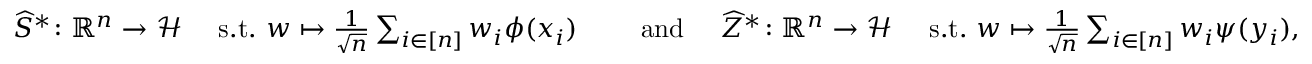
\begin{array} { r l r } { \widehat { S } ^ { * } \colon \mathbb R ^ { n } \to \mathcal { H } \quad \mathrm { ~ s . t . ~ } w \mapsto \frac { 1 } { \sqrt { n } } \sum _ { i \in [ n ] } w _ { i } \phi ( x _ { i } ) } & { \quad \mathrm { ~ a n d ~ } } & { \widehat { Z } ^ { * } \colon \mathbb R ^ { n } \to \mathcal { H } \quad \mathrm { ~ s . t . ~ } w \mapsto \frac { 1 } { \sqrt { n } } \sum _ { i \in [ n ] } w _ { i } \psi ( y _ { i } ) , } \end{array}